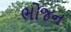
ભોજન